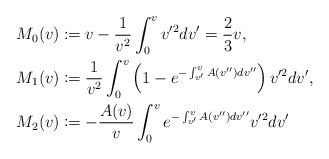
\begin{align*} M_{0}(v)&\coloneqq v-\frac{1}{v^2}\int_0^vv'^2dv'=\frac{2}{3}v,\\ M_{1}(v)&\coloneqq\frac{1}{v^2}\int_0^v\left(1-e^{-\int_{v'}^vA(v'')dv''}\right)v'^2dv',\\ M_{2}(v)&\coloneqq -\frac{A(v)}{v}\int_0^ve^{-\int_{v'}^vA(v'')dv''}v'^2dv'\end{align*}